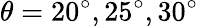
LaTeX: \theta=20^{\circ},25^{\circ},30^{\circ}